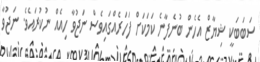
ސަބަބަކީ ޝިޔާޒް އެހެން ބުނެފާނެ ކަމަކަށް ފަހަރެއްގައިވެސް ނަޖުވާ ހިއެއް ނުކުރައެވެ. ނަޖުވާ